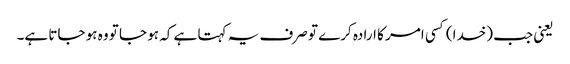
یعنی جب (خدا) کسی امر کا ارادہ کرے تو صرف یہ کہتا ہے کہ ہو جا تو وہ ہو جاتا ہے۔